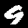
Label: 9